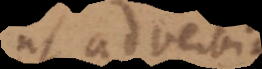
ut adverbia